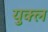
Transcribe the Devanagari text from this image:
युक्ल